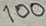
Text: 100